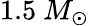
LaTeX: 1.5~M_{\odot}